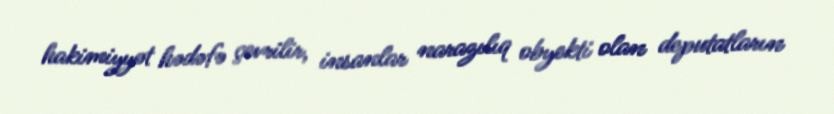
hakimiyyət hədəfə çevrilir, insanlar narazılıq obyekti olan deputatların